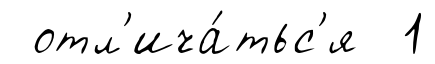
отл'ича́тьс'я 1